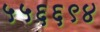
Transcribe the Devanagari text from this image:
५५६६९४